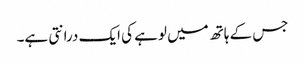
جس کے ہاتھ میں لوہے کی ایک درانتی ہے۔